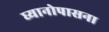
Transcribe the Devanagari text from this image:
घ्यानोपासना